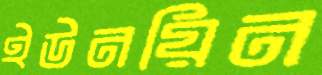
ইউনয়িন